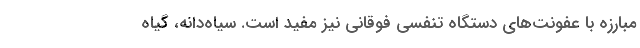
مبارزه با عفونت‌های دستگاه تنفسی فوقانی نیز مفید است. سیاه‌دانه، گیاه